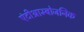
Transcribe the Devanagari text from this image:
एंटीथ्राम्बोजनिक